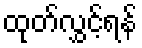
ထုတ်လွှင့်ရန်